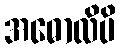
အဓောလိပိ